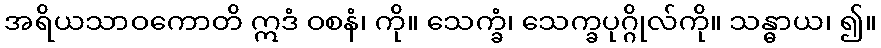
အရိယသာဝကောတိ ဣဒံ ဝစနံ၊ ကို။ သေက္ခံ၊ သေက္ခပုဂ္ဂိုလ်ကို။ သန္ဓာယ၊ ၍။